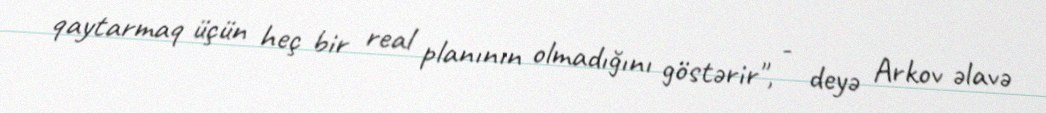
qaytarmaq üçün heç bir real planının olmadığını göstərir", - deyə Arkov əlavə